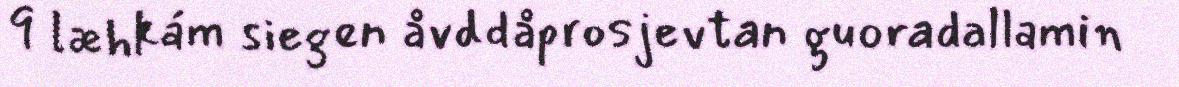
9 læhkám siegen åvddåprosjevtan guoradallamin